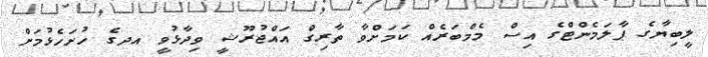
ލީބިޔާގެ ޕާލަމެންޓްގެ އިސް މެމްބަރެއް ކަމަށްވާ ތާރިގް އައްޖުރޫޝީ ވިދާޅުވީ އދގެ ހުށަހެޅުމަށް